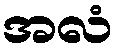
အလံ